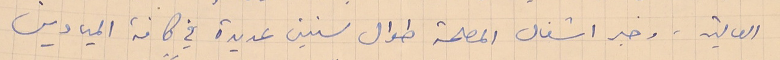
العالية. وخبر اشغال المصلحة طوال سنين عديدة في كافة الميادين